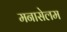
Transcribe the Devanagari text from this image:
मनासेलम